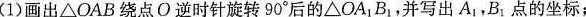
(1)画出△OAB绕点O逆时针旋转90°后的△OA_1B_1，并写出A_1，B_1点的坐标；